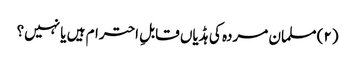
(۲) مسلمان مردہ کی ہڈیاں قابلِ احترام ہیں یا نہیں؟